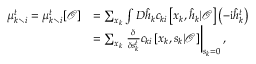
\begin{array} { r l } { \mu _ { k \setminus i } ^ { t } = \mu _ { k \setminus i } ^ { t } [ \boldsymbol { \mathcal { O } } ] } & { = \sum _ { \boldsymbol { x } _ { k } } \int D \hat { \boldsymbol { h } } _ { k } c _ { k i } \left[ \boldsymbol { x } _ { k } , \hat { \boldsymbol { h } } _ { k } | \boldsymbol { \mathcal { O } } \right] \left( - \mathrm { i } \hat { h } _ { k } ^ { t } \right) } \\ & { = \sum _ { \boldsymbol { x } _ { k } } \left. \frac { \delta } { \delta s _ { k } ^ { t } } c _ { k i } \left[ \boldsymbol { x } _ { k } , \boldsymbol { s } _ { k } | \boldsymbol { \mathcal { O } } \right] \right| _ { s _ { k } = 0 } , } \end{array}